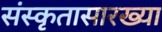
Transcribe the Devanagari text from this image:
संस्कृतासारख्या